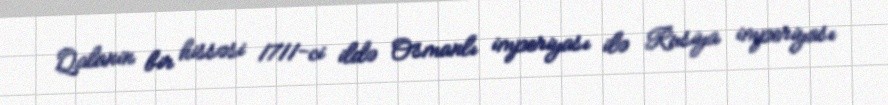
Qalanin bir hissəsi 1711-ci ildə Osmanlı imperiyası ilə Rusiya imperiyası